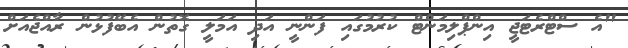
"އެ ސްޓްރެޓަޖީ އިންޕްލިމަންޓް ކުރުމުގައި ފަންނީ އަދި އަމަލީ ގޮތުން އެބޭފުޅުން ރާއްޖެއަށް